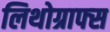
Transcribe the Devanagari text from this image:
लिथोग्राफ्स